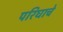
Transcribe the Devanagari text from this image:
परिघाचे